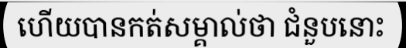
ហើយបានកត់សម្គាល់ថា ជំនួបនោះ